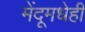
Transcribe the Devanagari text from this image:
मेंदूमधेही